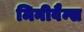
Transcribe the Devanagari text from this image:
मिनीवैन्स